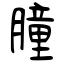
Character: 膧